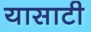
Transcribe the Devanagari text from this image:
यासाटी